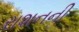
રાશનની